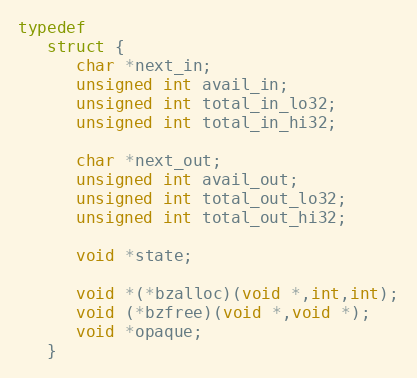
Language: C
typedef
   struct {
      char *next_in;
      unsigned int avail_in;
      unsigned int total_in_lo32;
      unsigned int total_in_hi32;

      char *next_out;
      unsigned int avail_out;
      unsigned int total_out_lo32;
      unsigned int total_out_hi32;

      void *state;

      void *(*bzalloc)(void *,int,int);
      void (*bzfree)(void *,void *);
      void *opaque;
   }